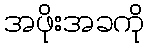
အဖိုးအခကို